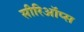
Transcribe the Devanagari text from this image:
सीरिऑप्स